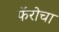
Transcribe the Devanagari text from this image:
फॅरोचा